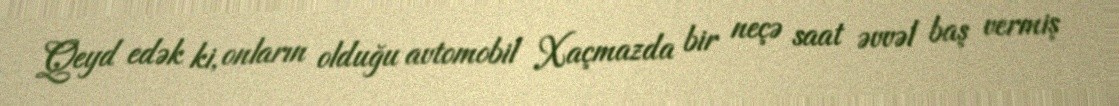
Qeyd edək ki, onların olduğu avtomobil Xaçmazda bir neçə saat əvvəl baş vermiş